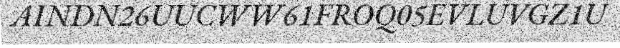
AINDN26UUCWW61FROQ05EVLUVGZ1U